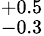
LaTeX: ^{+0.5}_{-0.3}